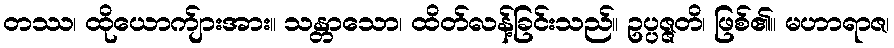
တဿ၊ ထိုယောက်ျားအား။ သန္တာသော၊ ထိတ်လန့်ခြင်းသည်။ ဥပ္ပဇ္ဇတိ၊ ဖြစ်၏။ မဟာရာဇ၊